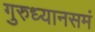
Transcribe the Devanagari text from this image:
गुरुध्यानसमं